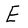
Character: E